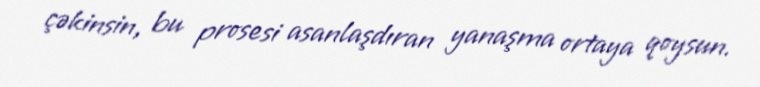
çəkinsin, bu prosesi asanlaşdıran yanaşma ortaya qoysun.